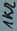
Text: 1kΩ